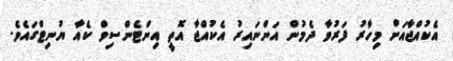
އެކުއްޖާއަށް މިހާރު ފަރުވާ ދެމުން އަންނައިރު އެކުއްޖާ އޮތީ އިންޓެންސިވް ކެއާ ޔުނިޓްގައެވެ.